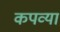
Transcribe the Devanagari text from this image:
कपव्या